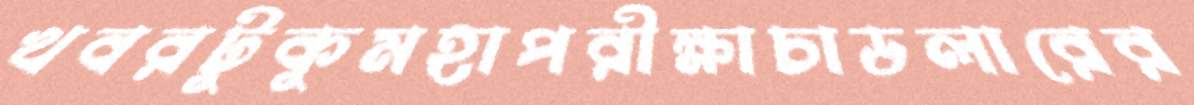
খবরটুকুমহাপরীক্ষাচাডলারের